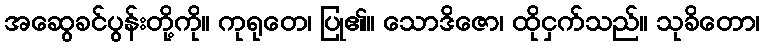
အဆွေခင်ပွန်းတို့ကို။ ကုရုတေ၊ ပြု၏။ သောဒိဇော၊ ထိုငှက်သည်။ သုခိတော၊